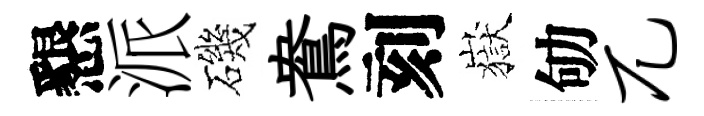
懇派磯鴦刻嶽劬兀